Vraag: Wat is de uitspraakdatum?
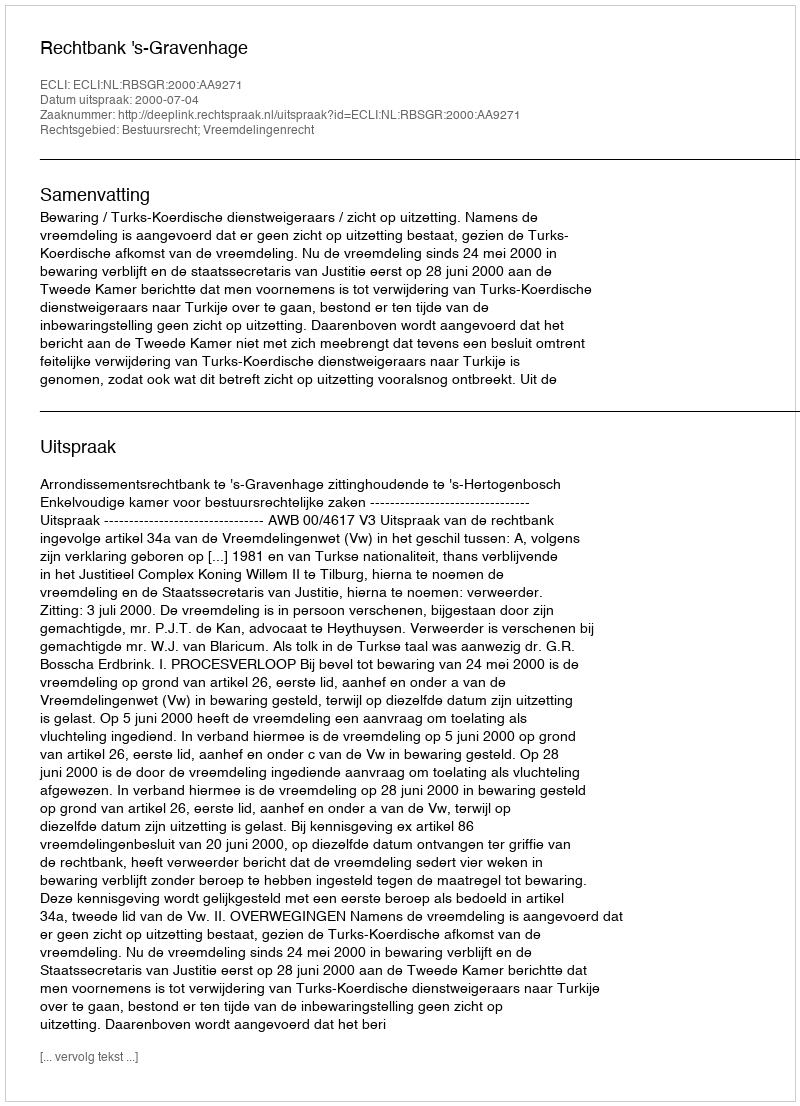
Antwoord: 2000-07-04